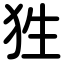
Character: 狌